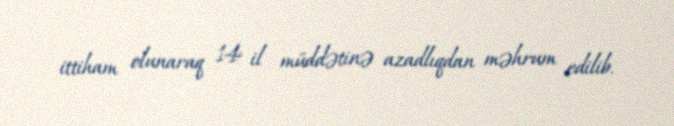
ittiham olunaraq 14 il müddətinə azadlıqdan məhrum edilib.